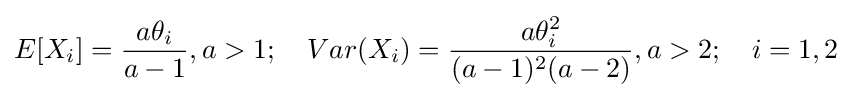
E[X_{i}]={\frac {a\theta _{i}}{a-1}},a>1;\quad Var(X_{i})={\frac {a\theta _{i}^{2}}{(a-1)^{2}(a-2)}},a>2;\quad i=1,2